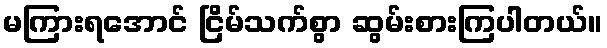
မကြားရအောင် ငြိမ်သက်စွာ ဆွမ်းစားကြပါတယ်။